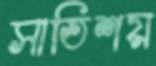
সাতিশয়